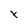
Character: t